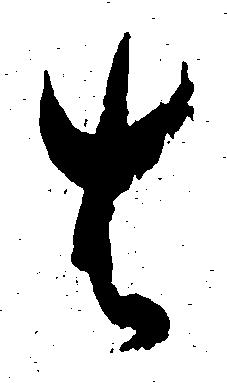
は